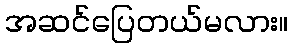
အဆင်ပြေတယ်မလား။